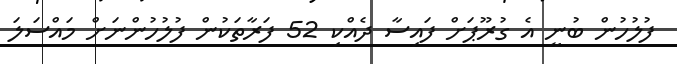
ފުލުހުން ބުނީ އެ ގުރޫޕަށް ފައިސާ ދެއްކި 52 ފަރާތަކުން ފުލުހުންނަށް މައްސަލަ